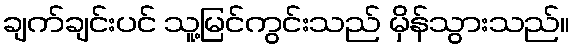
ချက်ချင်းပင် သူ့မြင်ကွင်းသည် မှိန်သွားသည်။